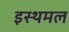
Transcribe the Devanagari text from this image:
इस्थमल